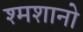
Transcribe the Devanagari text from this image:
श्मशानो